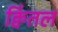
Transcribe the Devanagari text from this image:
क्विंतल